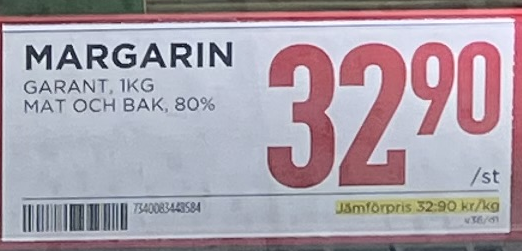
Vara: Margarin
Genomsnittspris: 32.9 per kg